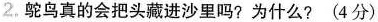
2，鸵鸟真的会把头藏进沙里吗?为什么?(4分)